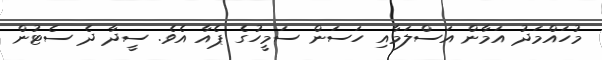
މުހައްމަދު އަމާން އަސްލަމާއި ހަސަން ސަމީހުގެ ޕެއާ އެވެ. ސީދާ ދެ ސެޓުން